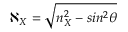
\aleph _ { X } = \sqrt { n _ { X } ^ { 2 } - s i n ^ { 2 } \theta }